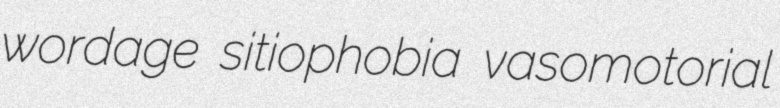
wordage sitiophobia vasomotorial